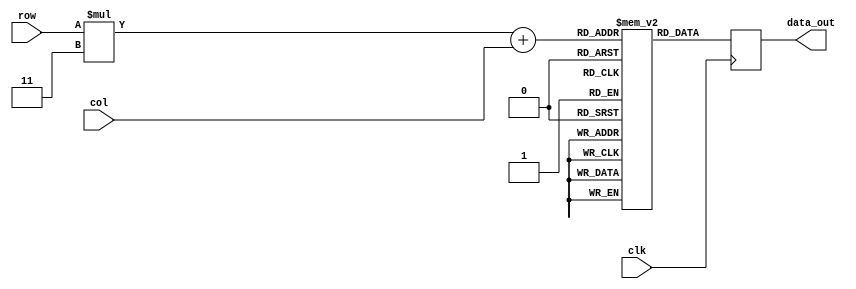
module matrix_3_3_A(clk,row,col,data_out);
reg [2:0] Matrix [8:0];
input clk;
input [1:0] row,col;
output reg [2:0] data_out;

initial begin
    $display ("loading rom.");
    Matrix[0]=3'd1;
	Matrix[1]=3'd2;
	Matrix[2]=3'd3;
	Matrix[3]=3'd1;
	Matrix[4]=3'd2;
	Matrix[5]=3'd3;
	Matrix[6]=3'd1;
	Matrix[7]=3'd2;
	Matrix[8]=3'd3;

	 
end
always @(posedge clk)
begin
	data_out=Matrix[row*3+col];	
end

endmodule